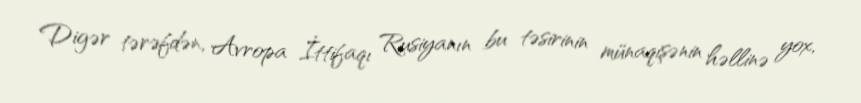
Digər tərəfdən, Avropa İttifaqı Rusiyanın bu təsirinin münaqişənin həllinə yox,